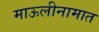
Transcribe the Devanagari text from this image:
माऊलीनामात